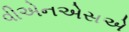
વીએનએસએ